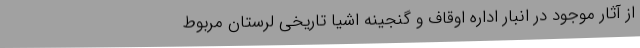
از آثار موجود در انبار اداره اوقاف و گنجینه اشیا تاریخی لرستان مربوط